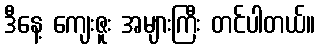
ဒီနေ့ ကျေးဇူး အများကြီး တင်ပါတယ်။